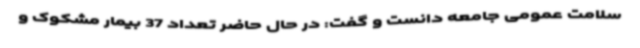
سلامت عمومی جامعه دانست و گفت: در حال حاضر تعداد 37 بیمار مشکوک و